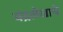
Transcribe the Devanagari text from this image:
चंद्रलेखाचे